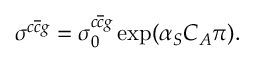
\sigma ^ { c \overline { { { c } } } g } = \sigma _ { 0 } ^ { c \overline { { { c } } } g } \exp ( \alpha _ { S } C _ { A } \pi ) .